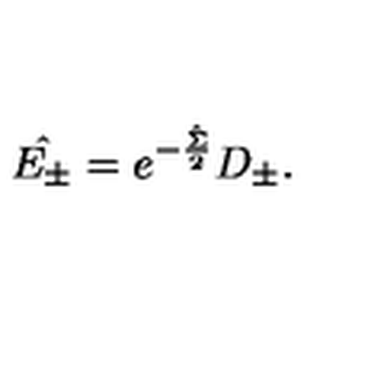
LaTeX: \hat { E _ { \pm } } = e ^ { - \frac { \hat { \Sigma } } { 2 } } D _ { \pm } .